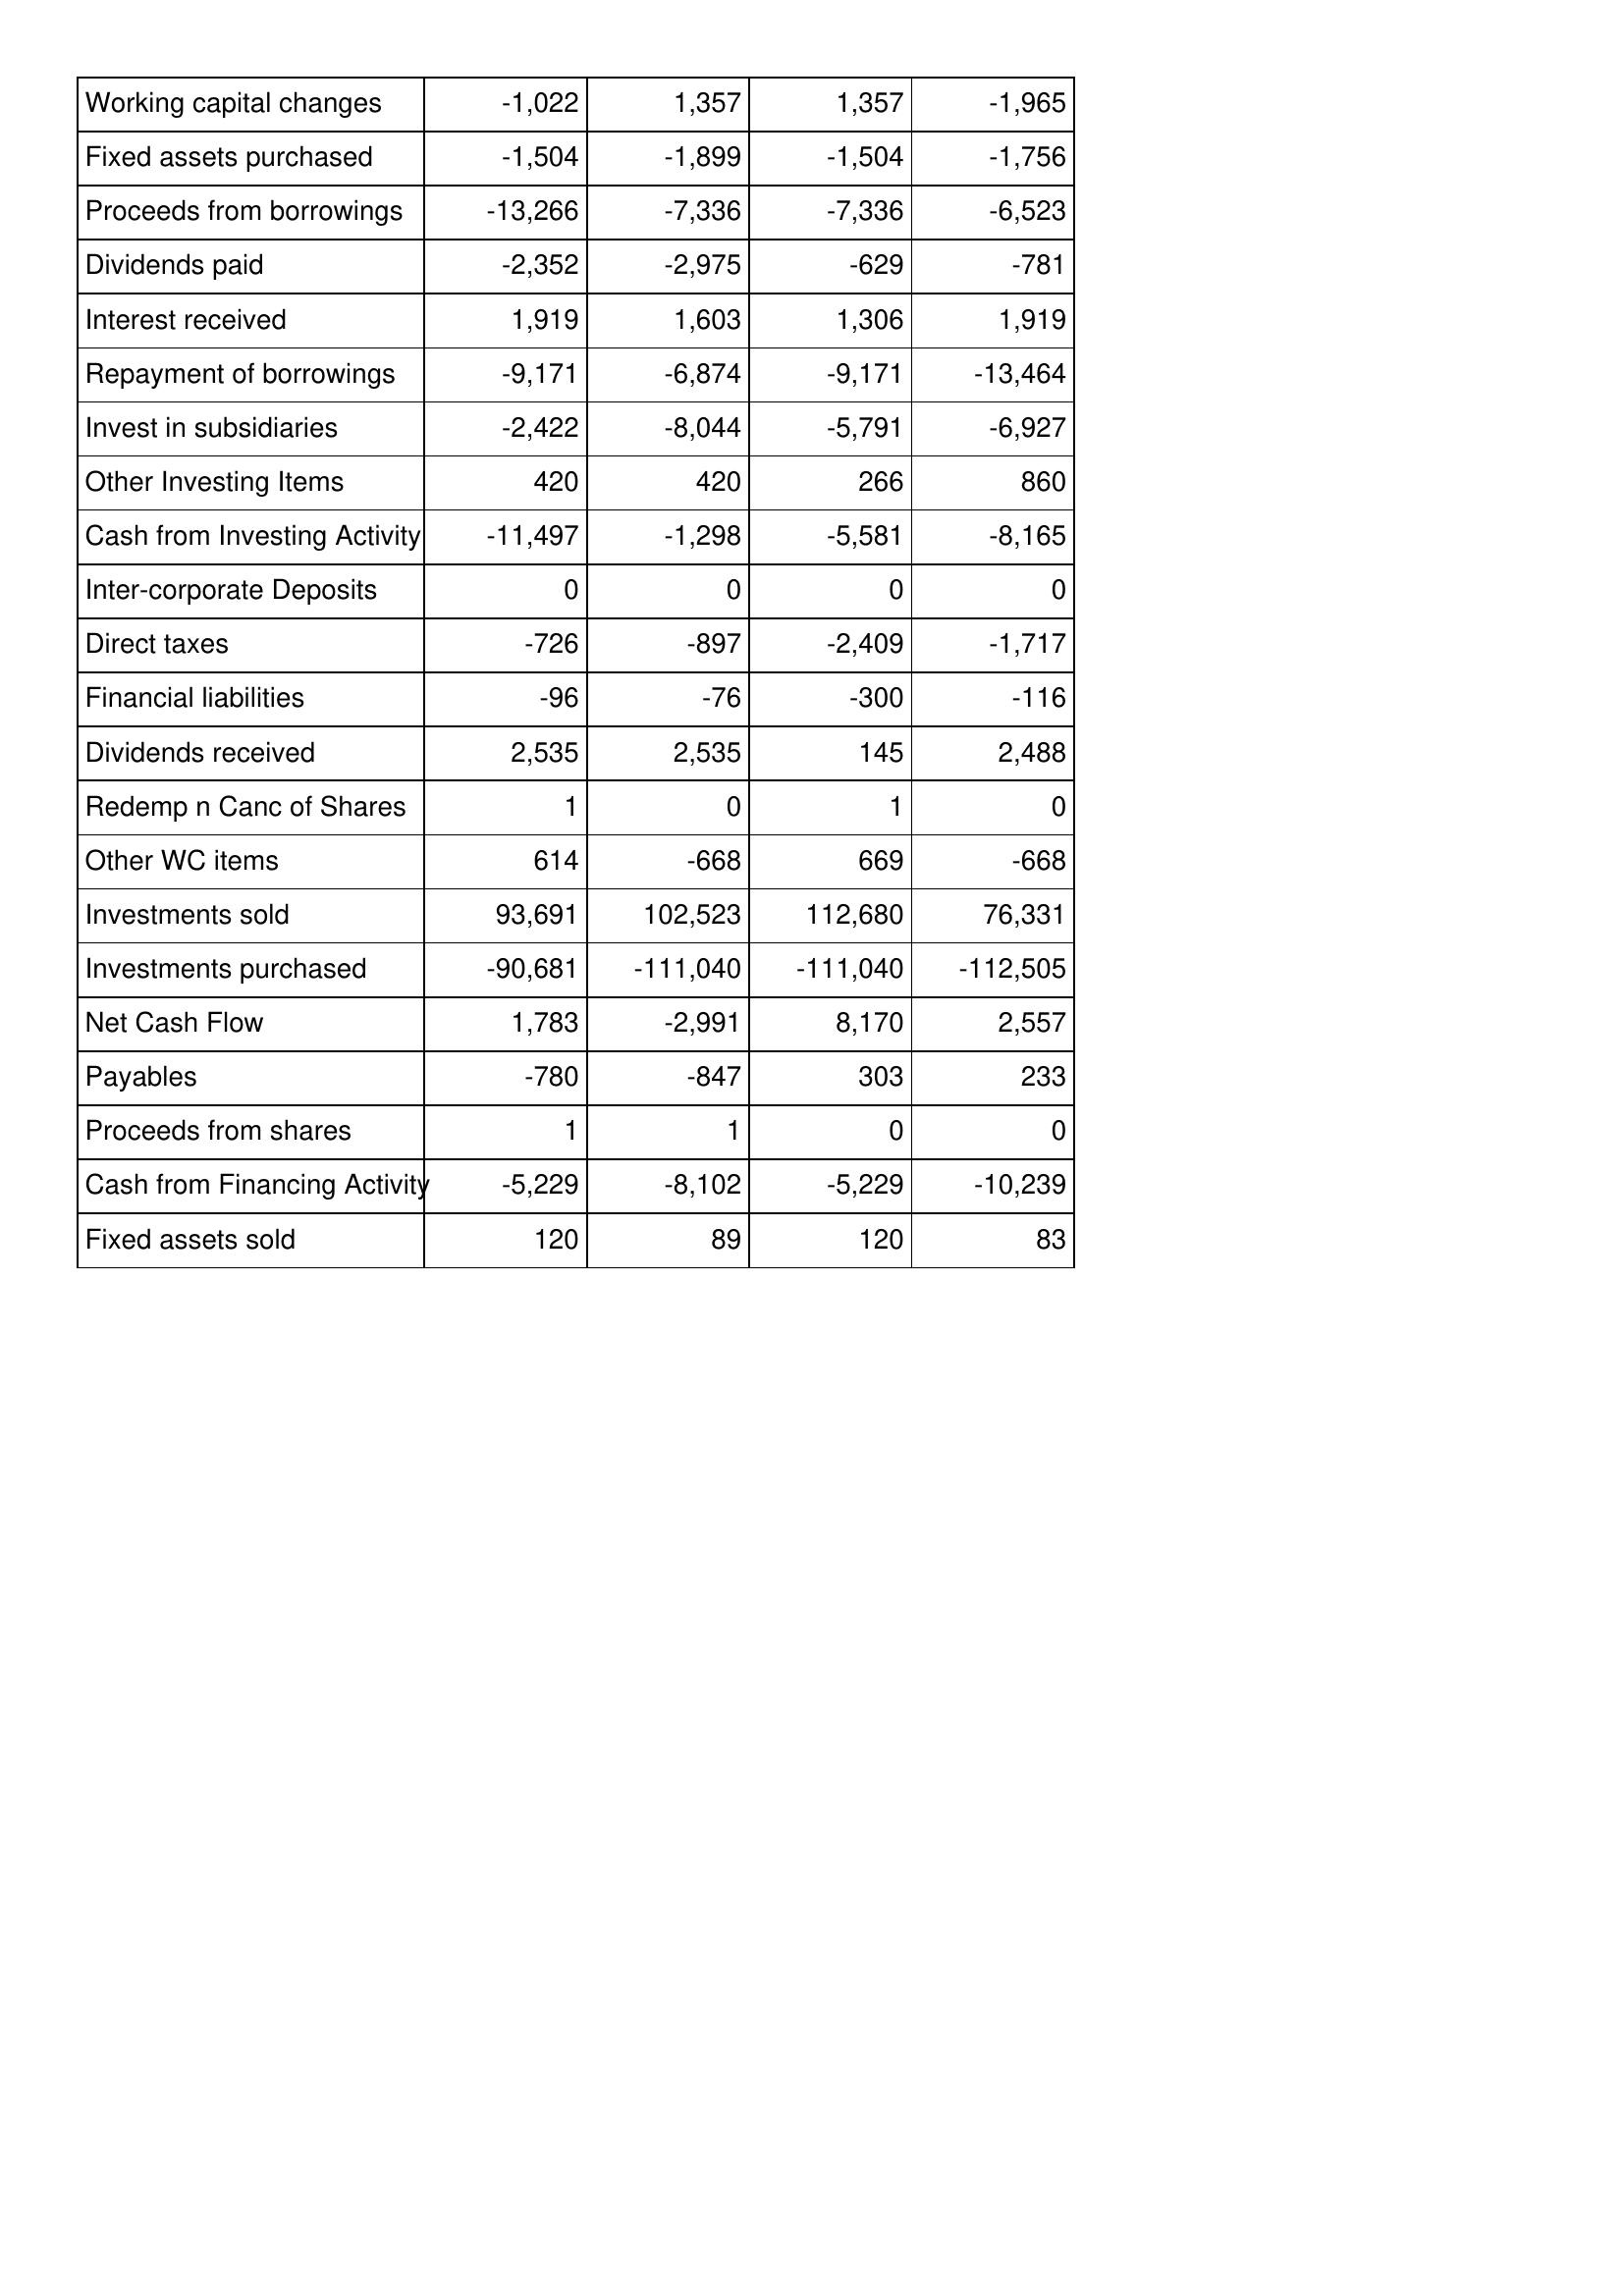
May-93: Cash Flows: Working capital changes: -1,022
Fixed assets purchased: -1,504
Proceeds from borrowings: -13,266
Dividends paid: -2,352
Interest received: 1,919
Repayment of borrowings: -9,171
Invest in subsidiaries: -2,422
Other Investing Items: 420
Cash from Investing Activity: -11,497
Inter-corporate Deposits: 0
Direct taxes: -726
Financial liabilities: -96
Dividends received: 2,535
Redemp n Canc of Shares: 1
Other WC items: 614
Investments sold: 93,691
Investments purchased: -90,681
Net Cash Flow: 1,783
Payables: -780
Proceeds from shares: 1
Cash from Financing Activity: -5,229
Fixed assets sold: 120
May-92: Cash Flows: Working capital changes: 1,357
Fixed assets purchased: -1,899
Proceeds from borrowings: -7,336
Dividends paid: -2,975
Interest received: 1,603
Repayment of borrowings: -6,874
Invest in subsidiaries: -8,044
Other Investing Items: 420
Cash from Investing Activity: -1,298
Inter-corporate Deposits: 0
Direct taxes: -897
Financial liabilities: -76
Dividends received: 2,535
Redemp n Canc of Shares: 0
Other WC items: -668
Investments sold: 102,523
Investments purchased: -111,040
Net Cash Flow: -2,991
Payables: -847
Proceeds from shares: 1
Cash from Financing Activity: -8,102
Fixed assets sold: 89
May-91: Cash Flows: Working capital changes: 1,357
Fixed assets purchased: -1,504
Proceeds from borrowings: -7,336
Dividends paid: -629
Interest received: 1,306
Repayment of borrowings: -9,171
Invest in subsidiaries: -5,791
Other Investing Items: 266
Cash from Investing Activity: -5,581
Inter-corporate Deposits: 0
Direct taxes: -2,409
Financial liabilities: -300
Dividends received: 145
Redemp n Canc of Shares: 1
Other WC items: 669
Investments sold: 112,680
Investments purchased: -111,040
Net Cash Flow: 8,170
Payables: 303
Proceeds from shares: 0
Cash from Financing Activity: -5,229
Fixed assets sold: 120
May-90: Cash Flows: Working capital changes: -1,965
Fixed assets purchased: -1,756
Proceeds from borrowings: -6,523
Dividends paid: -781
Interest received: 1,919
Repayment of borrowings: -13,464
Invest in subsidiaries: -6,927
Other Investing Items: 860
Cash from Investing Activity: -8,165
Inter-corporate Deposits: 0
Direct taxes: -1,717
Financial liabilities: -116
Dividends received: 2,488
Redemp n Canc of Shares: 0
Other WC items: -668
Investments sold: 76,331
Investments purchased: -112,505
Net Cash Flow: 2,557
Payables: 233
Proceeds from shares: 0
Cash from Financing Activity: -10,239
Fixed assets sold: 83